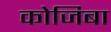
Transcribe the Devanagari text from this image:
कोजिबा